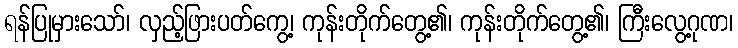
ရန်ပြုမှားသော်၊ လှည့်ဖြားပတ်ကွေ့၊ ကုန်းတိုက်တွေ့၏၊ ကုန်းတိုက်တွေ့၏၊ ကြီးလွေ့ဂုဏ၊